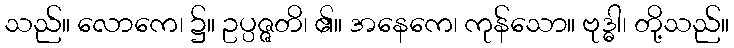
သည်။ လောကေ၊ ၌။ ဥပ္ပဇ္ဇတိ၊ ၏။ အနေကေ၊ ကုန်သော။ ဗုဒ္ဓါ၊ တို့သည်။